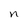
Character: n